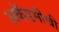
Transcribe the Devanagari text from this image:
अकॅडमीची